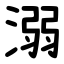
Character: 溺